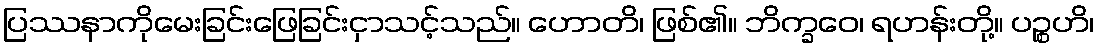
ပြဿနာကိုမေးခြင်းဖြေခြင်းငှာသင့်သည်။ ဟောတိ၊ ဖြစ်၏။ ဘိက္ခဝေ၊ ရဟန်းတို့။ ပဉ္စဟိ၊